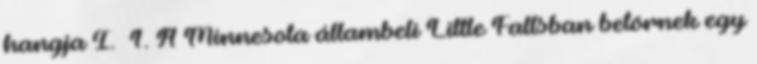
hangja I. 1. A Minnesota állambeli Little Fallsban betörnek egy